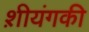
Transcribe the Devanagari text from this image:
श़ीयंगकी